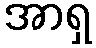
အာရှ